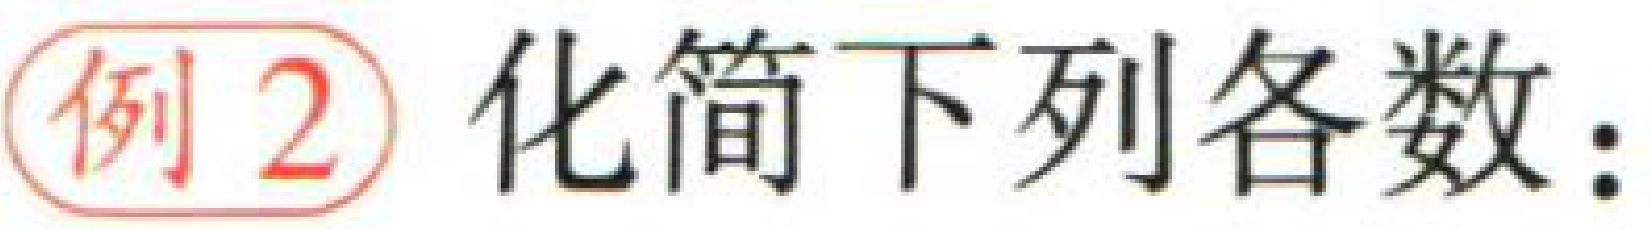
例2 化简下列各数：